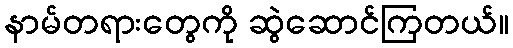
နာမ်တရားတွေကို ဆွဲဆောင်ကြတယ်။